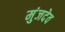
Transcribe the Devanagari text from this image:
मुंजदेव